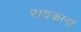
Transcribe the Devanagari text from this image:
रायकाना